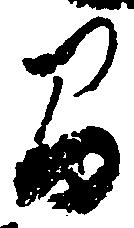
間